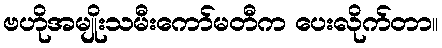
ဗဟိုအမျိုးသမီးကော်မတီက ပေးလိုက်တာ။